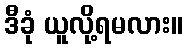
ဒီခုံ ယူလို့ရမလား။